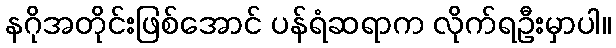
နဂိုအတိုင်းဖြစ်အောင် ပန်ရံဆရာက လိုက်ရဦးမှာပါ။